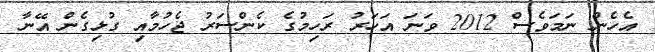
އެހެން ނަމަވެސް 2012 ވަނަ އަހަރު ރަހިމުގެ ކެންސަރު ޖެހުމާއި ގުޅިގެން އޭނާ